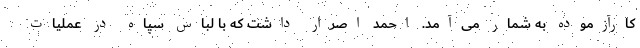
کارآزموده به شمار می‌آمد. احمد اصرار داشت که با لباس سپاه در عملیات